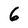
Character: 6